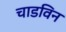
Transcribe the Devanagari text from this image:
चाडविन